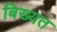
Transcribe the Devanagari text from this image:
बिख्यत